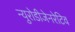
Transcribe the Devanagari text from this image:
न्युरोडीजेनरेटिव